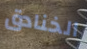
الخنادق